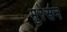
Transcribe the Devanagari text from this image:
मुरेसन